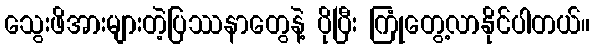
သွေးဖိအားများတဲ့ပြဿနာတွေနဲ့ ပိုပြီး ကြုံတွေ့လာနိုင်ပါတယ်။